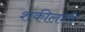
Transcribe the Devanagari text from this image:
शकीलशी